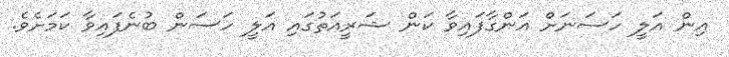
އިން އަލީ ހަސަނަށް އަންގާފައިވާ ކަން ޝަރީއަތުގައި އަލީ ހަސަން ބުނެފައިވާ ކަމަށެވެ.